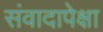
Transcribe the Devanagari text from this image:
संवादापेक्षा